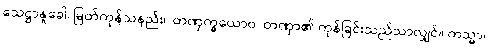
သေဋ္ဌာနူခေါ၊ မြတ်ကုန်သနည်း။ တဏှက္ခယောဝ၊ တဏှာ၏ ကုန်ခြင်းသည်သာလျှင်။ ကသ္မာ၊